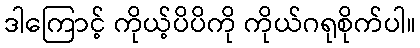
ဒါကြောင့် ကိုယ့်ပိပိကို ကိုယ်ဂရုစိုက်ပါ။